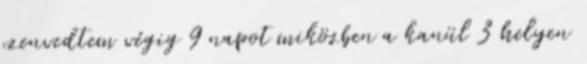
szenvedtem végig 9 napot miközben a kanül 3 helyen